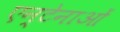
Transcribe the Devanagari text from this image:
एन्टेनाओं